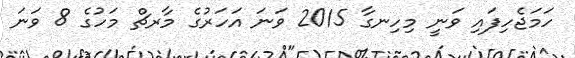
ހަމަޖެހިފައި ވަނީ މިހިނގާ 2015 ވަނަ އަހަރުގެ މާރޗް މަހުގެ 8 ވަނަ